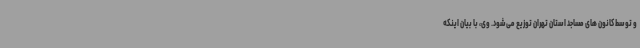
و توسط کانون های مساجد استان تهران توزیع می‌شود. وی، با بیان اینکه